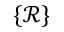
\{ \mathcal R \}